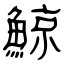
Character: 鯨